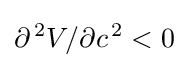
\partial ^{\,2}V/\partial c^{\,2}<0